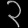
Digit: ၃